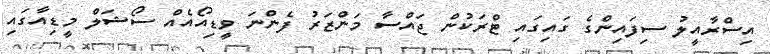
އިސްރާއީލު ސިފައިންގެ ގައިގައި ޓްރަކުން ޖައްސާ މަންޒަރު ފެންނަ ވީޑިއޯއެއް ސޯޝަލް މީޑިއާގައި